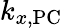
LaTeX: k_{x,\textrm{PC}}